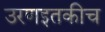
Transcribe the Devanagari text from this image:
उरणइतकीच